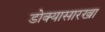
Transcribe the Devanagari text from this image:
डोक्यासारखा